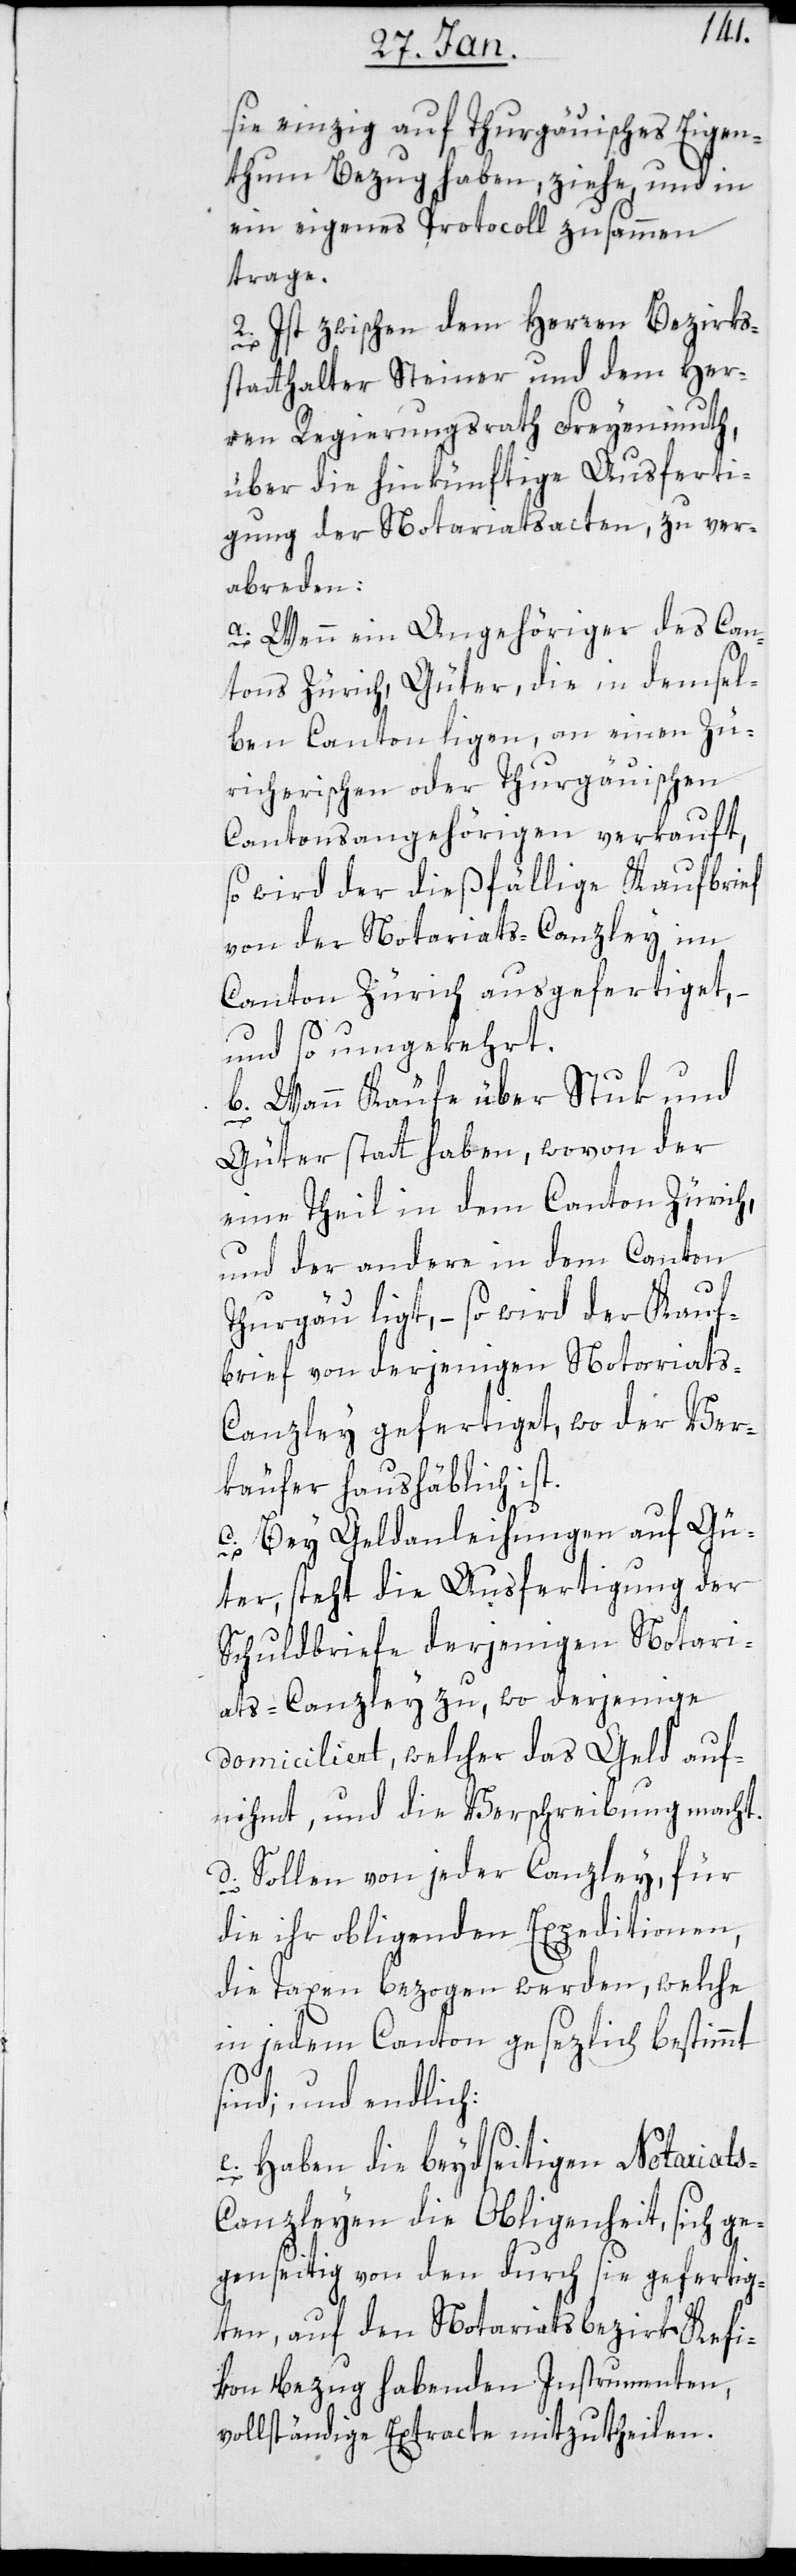
sie einzig auf thurgauisches Eigen¬
tum Bezug haben, ziehe, und in
ein eigenes Protocoll zusammen
trage.
2. Ist zwischen dem Herren Bezirks¬
statthalter Steiner und dem Her¬
ren Regierungsrath Freyenmuth,
über die hinkünftige Ausferti¬
gung der Notariatsacten, zu ver¬
abreden:
a. Wenn ein Angehöriger des Can¬
tons Zürich Güter, die in demsel¬
ben Canton liegen, an einen Zü¬
rcherischen oder Thurgauischen
Cantonsangehörigen verkauft,
so wird der dießfällige Kaufbrief
von der Notariats-Canzley im
Canton Zürich ausgefertiget, –
und so umgekehrt.
b. Wann Käufe über Stuk und
Güter statt haben, wovon der
eine Theil in dem Canton Zürich
und der andere in dem Canton
Thurgau ligt, – so wird der Kauf¬
brief von derjenigen Notariats-C¬
anzley gefertiget, wo der Ver¬
käufer haushäblich ist.
c. Bey Geldanleihungen auf Gü¬
ter, steht die Ausfertigung der
Schuldbriefe derjenigen Notari¬
ats-Canzley zu, wo derjenige
domiciliert, welcher das Geld auf¬
nihmt und die Verschreibung macht.
d. Sollen von jeder Canzley für
die ihr obliegenden Expeditionen,
die Taxen bezogen werden, welche
in jedem Canton gesetzlich bestimmt
sind; und endlich:
e. Haben die beydseitigen Notariat¬
s-Canzleyen die Obliegenheit, sich ge¬
genseitig von den durch sie gefertig¬
ten, auf den Notariatsbezirk Kefi¬
kon Bezug habenden Instrumenten,
vollständige Extracte mitzuteilen.